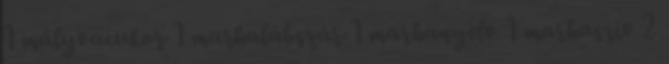
1 mályvacukor 1 marhalábszár 1 marhanyelv 1 marhaszív 2